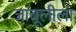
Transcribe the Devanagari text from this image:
जांबूलीला